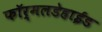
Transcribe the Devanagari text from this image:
फॉर्मलडेहाईड